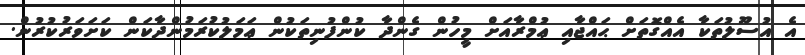
އެ އުސޫލުތަކާ އެއްގޮތަށް ޙައްޖާއި ޢުމްރާއަށް މީހުން ގެންދާ ކުންފުނިތަކުން ޢަމަލުކުރަމުންދާކަން ކަށަވަރުކުރުން.